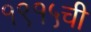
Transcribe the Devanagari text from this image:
१९१५ची